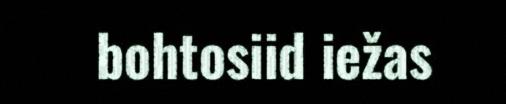
bohtosiid iežas